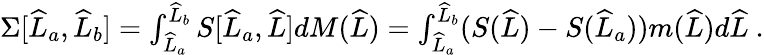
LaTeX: \begin{array}{r}{\Sigma[\widehat{L}_{a},\widehat{L}_{b}]=\int_{\widehat{L}_{a}}^{\widehat{L}_{b}}S[\widehat{L}_{a},\widehat{L}]dM(\widehat{L})=\int_{\widehat{L}_{a}}^{\widehat{L}_{b}}(S(\widehat{L})-S(\widehat{L}_{a}))m(\widehat{L})d\widehat{L}\ .}\end{array}